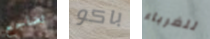
تضاجع باكو للغرباء